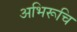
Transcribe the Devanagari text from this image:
अभिरूचि